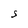
Character: S